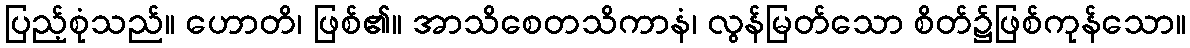
ပြည့်စုံသည်။ ဟောတိ၊ ဖြစ်၏။ အာသိစေတသိကာနံ၊ လွန်မြတ်သော စိတ်၌ဖြစ်ကုန်သော။